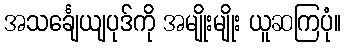
အသင်္ချေယျပုဒ်ကို အမျိုးမျိုး ယူဆကြပုံ။